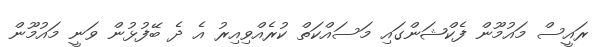
ރައީސް މައުމޫން ފެކްޝަންގައި މަސައްކަތް ކުރެއްވިއިރު އެ ދެ ބޭފުޅުން ވަނީ މައުމޫން